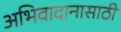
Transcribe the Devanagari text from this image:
अभिवादानासाठी